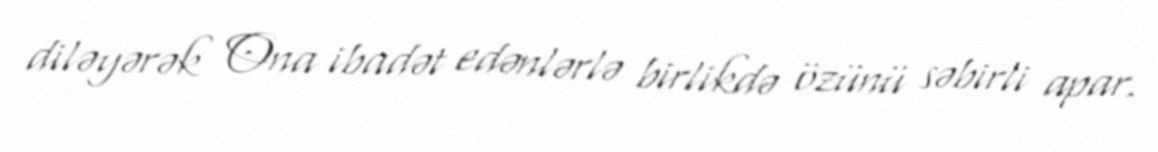
diləyərək Ona ibadət edənlərlə birlikdə özünü səbirli apar.